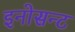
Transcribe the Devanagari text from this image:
इनोसन्ट